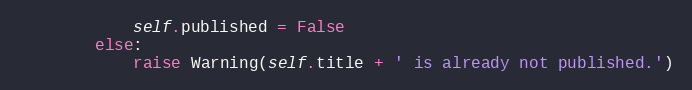
Language: Python
            self.published = False
        else:
            raise Warning(self.title + ' is already not published.')